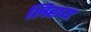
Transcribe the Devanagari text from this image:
लिहाय